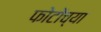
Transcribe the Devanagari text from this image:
फोटोंच्या